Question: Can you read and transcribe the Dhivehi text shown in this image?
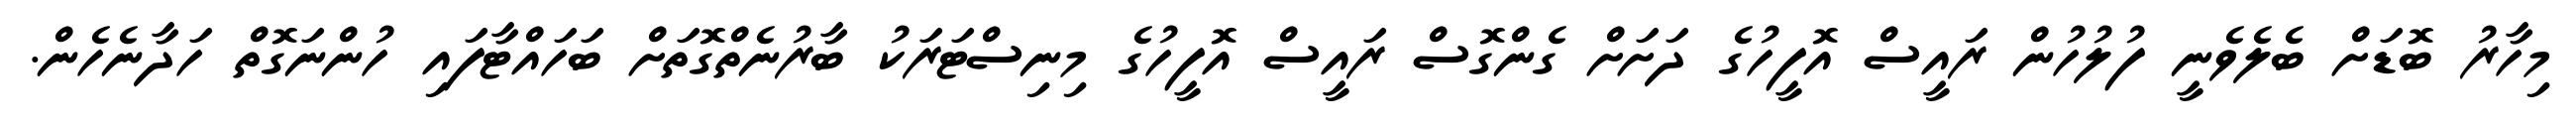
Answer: މިހާރު ބޮޑަށް ބެލެވެނީ ފުލުހުން ރައީސް އޮފީހުގެ ދަށަށް ގެންގޮސް ރައީސް އޮފީހުގެ މިނިސްޓަރަކު ބާރުނެތްގޮތަށް ބަހައްޓާފައި ހުންނަގޮތް ހަދާނެހެން.